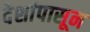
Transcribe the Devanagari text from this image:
देशांपासून